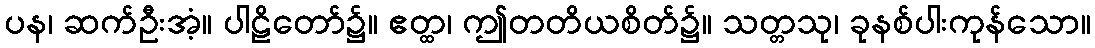
ပန၊ ဆက်ဦးအံ့။ ပါဠိတော်၌။ ဧတ္ထ၊ ဤတတိယစိတ်၌။ သတ္တသု၊ ခုနစ်ပါးကုန်သော။